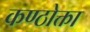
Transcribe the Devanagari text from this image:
कण्ठोक्ता